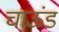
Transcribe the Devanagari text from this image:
चाऊंड